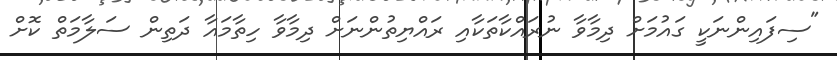
"ސިފައިންނަކީ ގައުމަށް ދިމާވާ ނުރައްކާތަކާއި ރައްޔިތުންނަށް ދިމާވާ ހިތާމައާ ދަތިން ސަލާމަތް ކޮށް